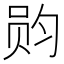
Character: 𮷏